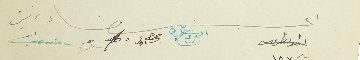
اعضاء انطوان طربيه            شليطا الزين          حنا شاول منصور ضو                   حداد                                رئيس انطون حرب